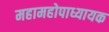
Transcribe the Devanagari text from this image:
महामहोपाध्यायक